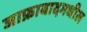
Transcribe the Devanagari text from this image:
जाफ्राबादमधील